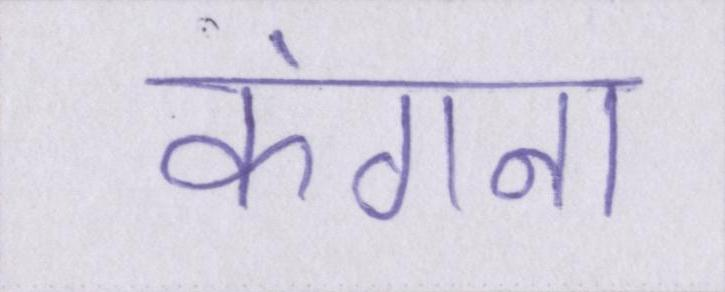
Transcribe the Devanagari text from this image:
कंगना